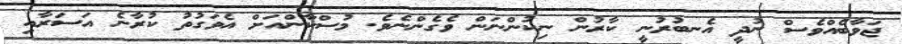
ޖަވާބެއްވެސް ނުދީ އެނބުރުނީ ކާރުން ނިކުންނަން ވެގެންނެވެ. މުސްކާންއަށް އެވަގުތު ކުރާނެ އަސަރާއި